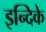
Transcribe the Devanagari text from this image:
इन्दिके